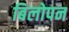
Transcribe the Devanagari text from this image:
बिलोपन